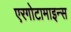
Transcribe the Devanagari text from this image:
एरगोटामाइन्स